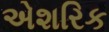
એશરિક